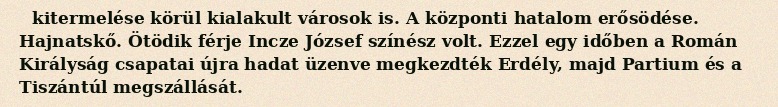
kitermelése körül kialakult városok is. A központi hatalom erősödése. Hajnatskő. Ötödik férje Incze József színész volt. Ezzel egy időben a Román Királyság csapatai újra hadat üzenve megkezdték Erdély, majd Partium és a Tiszántúl megszállását.